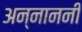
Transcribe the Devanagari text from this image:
अन्नाननी